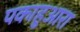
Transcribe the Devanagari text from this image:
पकाहुआरा